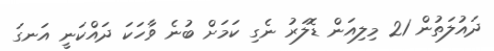
ދައުލަތުން 21 މިލިއަން ޑޮލަރު ނެގި ކަމަށް ބުނެ ވާހަކަ ދައްކަނީ އަނގަ